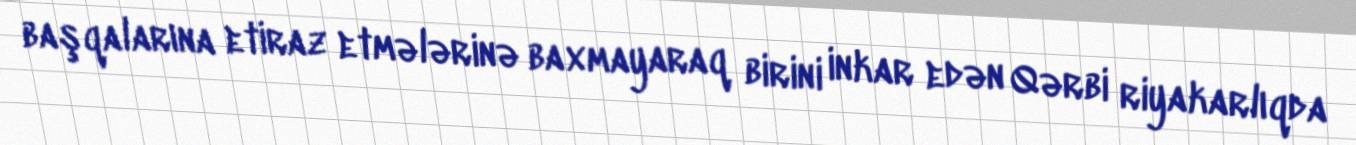
başqalarına etiraz etmələrinə baxmayaraq birini inkar edən Qərbi riyakarlıqda